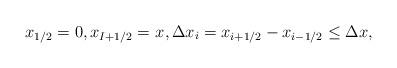
LaTeX: \begin{align*}x_{1/2} = 0, x_{I+1/2}= x_{}, \Delta x_i = x_{i+1/2} -x_{i-1/2} \leq \Delta x,\end{align*}